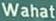
Wahat